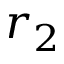
r _ { 2 }